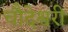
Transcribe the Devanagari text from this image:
चौदेश्वरी